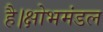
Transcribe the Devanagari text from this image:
है।क्षोभमंडल